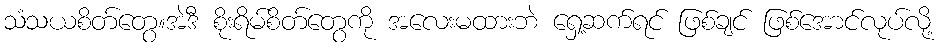
သံသယစိတ်တွေ။အဲဒီ စိုးရိမ်စိတ်တွေကို အလေးမထားဘဲ ရှေ့ဆက်ရင် ဖြစ်ချင် ဖြစ်အောင်လုပ်လို့